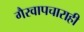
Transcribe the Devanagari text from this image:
गैरवापचाराही